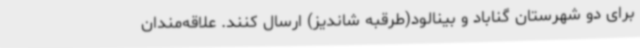
برای دو شهرستان گناباد و بینالود(طرقبه شاندیز) ارسال کنند. علاقه‌مندان